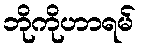
ဘိုကိုဟာရမ်